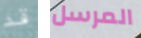
قد المرسل